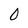
Character: 0